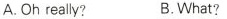
A.Oh really? B.What?